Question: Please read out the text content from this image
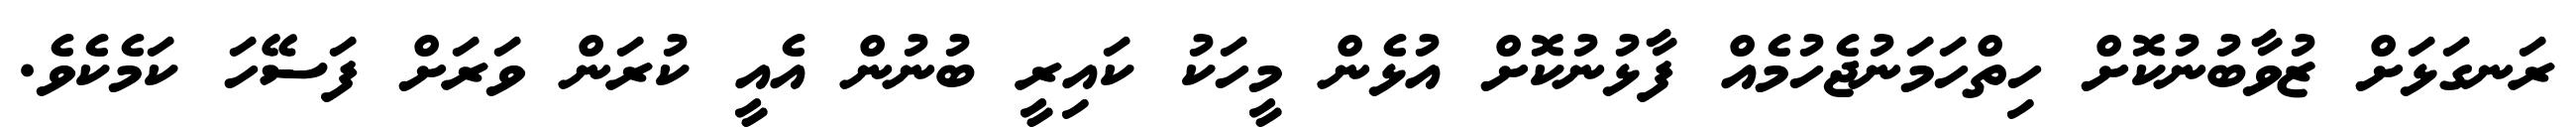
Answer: ރަނގަޅަށް ޒުވާބުނުކޮށް ހިތްހަމަނުޖެހުމެއް ފާޅުނުކޮށް އުޅެން މީހަކު ކައިރީ ބުނުން އެއީ ކުރަން ވަރަށް ފަސޭހަ ކަމެކެވެ.